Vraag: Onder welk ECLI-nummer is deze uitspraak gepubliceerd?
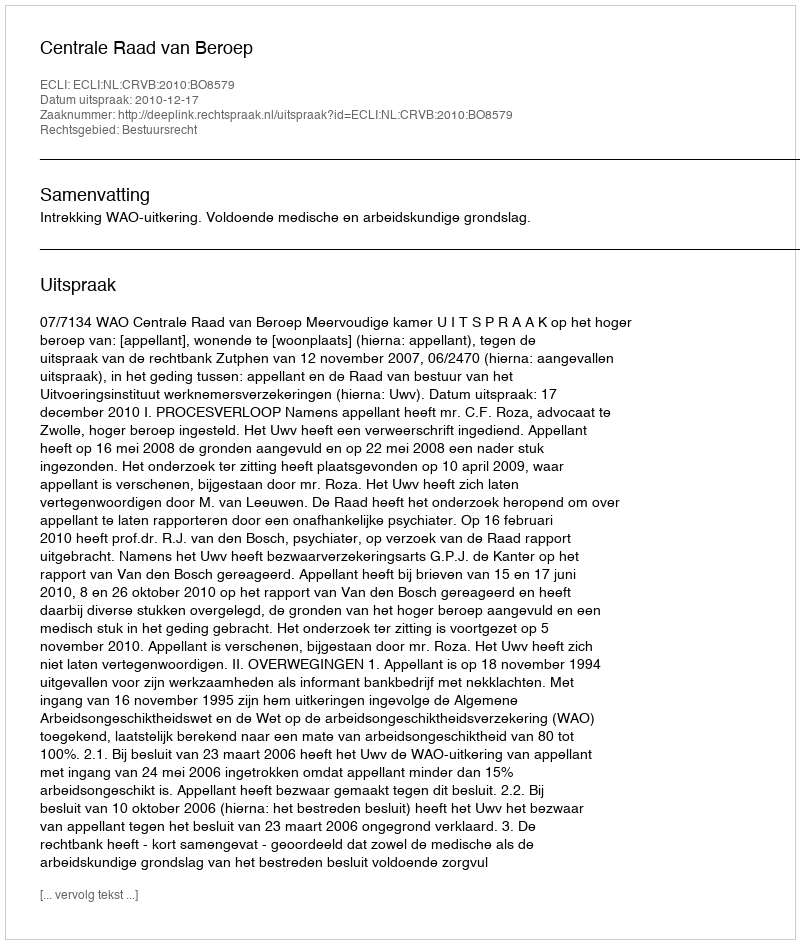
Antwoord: ECLI:NL:CRVB:2010:BO8579